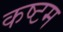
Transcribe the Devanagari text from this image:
कष्टम